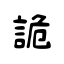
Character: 詭